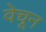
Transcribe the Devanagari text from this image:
वेचून